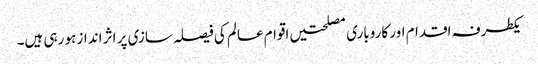
یکطرفہ اقدام اور کاروباری مصلحتیں اقوام عالم کی فیصلہ سازی پر اثر انداز ہو رہی ہیں۔